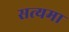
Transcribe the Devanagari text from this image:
सत्यमा